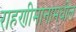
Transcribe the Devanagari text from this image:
राहणीमानामधील